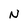
Character: N